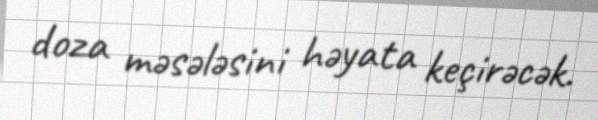
doza məsələsini həyata keçirəcək.